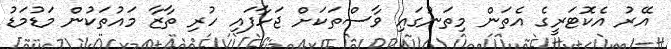
އޭރު އެކޮޓަރީގެ އެތަން މިތަނުގައި ވާސްތަކަށް ޖަހާފައި ހުރި ތާޒާ މައުތަކުން މަޑުމަޑު